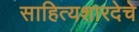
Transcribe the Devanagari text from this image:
साहित्यशारदेचे